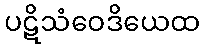
ပဋိသံဝေဒိယေထ